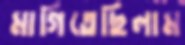
মাগিতেছিলাম